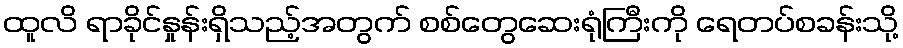
ထူလိ ရာခိုင်နှုန်းရှိသည့်အတွက် စစ်တွေဆေးရုံကြီးကို ရေတပ်စခန်းသို့